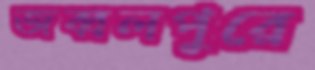
জব্বলপুরে